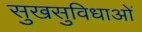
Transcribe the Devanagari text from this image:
सुखसुविधाओं